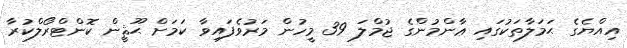
އިއްޔެގެ ޙަމަލާތަކުގައި ޢާންމުންގެ ޖުމްލަ 39 މީހުން މަރުވެފައިވާ ކަމަށް ޙޫޘީން ކޮންޓްރޯލްކުރާ